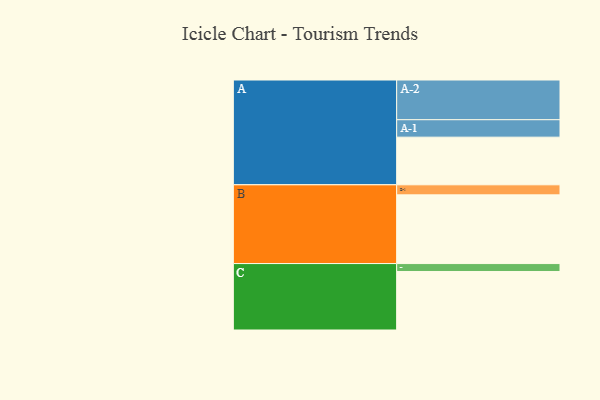
{"axis": {"x": "Segment", "y": "Value"}, "legend": ["", "A", "B", "C"], "data": [{"x": "A", "y": 355, "type": ""}, {"x": "B", "y": 512, "type": ""}, {"x": "C", "y": 436, "type": ""}, {"x": "A-1", "y": 130, "type": "A"}, {"x": "A-2", "y": 296, "type": "A"}, {"x": "B-1", "y": 75, "type": "B"}, {"x": "C-1", "y": 59, "type": "C"}]}